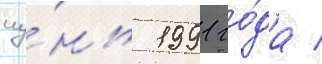
иу́нь 1991 го́да /